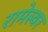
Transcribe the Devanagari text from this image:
रामेस्वर